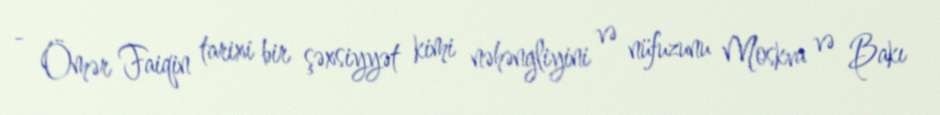
- Ömər Faiqin tarixi bir şəxsiyyət kimi nəhəngliyini və nüfuzunu Moskva və Bakı